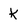
Character: k